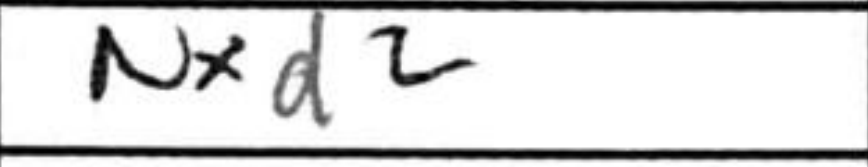
Transcription: Nxd2